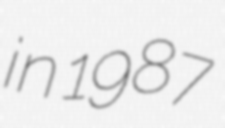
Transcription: in 1987